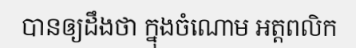
បានឲ្យដឹងថា ក្នុងចំណោម អត្តពលិក